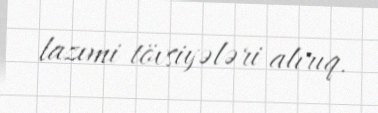
lazımi tövsiyələri alırıq.